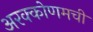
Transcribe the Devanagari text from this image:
अरक्कोणमची